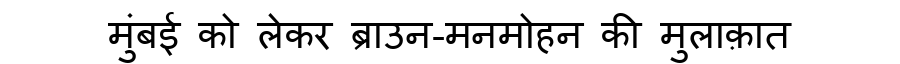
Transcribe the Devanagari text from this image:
मुंबई को लेकर ब्राउन-मनमोहन की मुलाक़ात